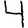
Digit: 4